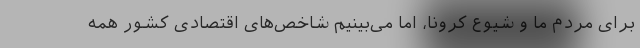
برای مردم ما و شیوع کرونا، اما می‌بینیم شاخص‌های اقتصادی کشور همه